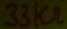
Text: 33KΩ